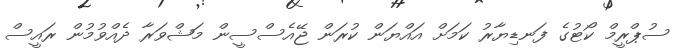
ސުޕްރީމް ކޯޓުގެ ފަނޑިޔާރު ކަމަށް އައްޔަން ކުރަން ޖޭއެސްސީން މަޝްވަރާ ދެއްވުމުން ރައީސް